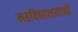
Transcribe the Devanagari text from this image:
महविद्यालयाची